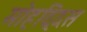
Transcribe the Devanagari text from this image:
मोहद्दिस